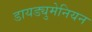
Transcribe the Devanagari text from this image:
डायड्युमेनियन